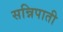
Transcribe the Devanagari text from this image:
सन्निपाती